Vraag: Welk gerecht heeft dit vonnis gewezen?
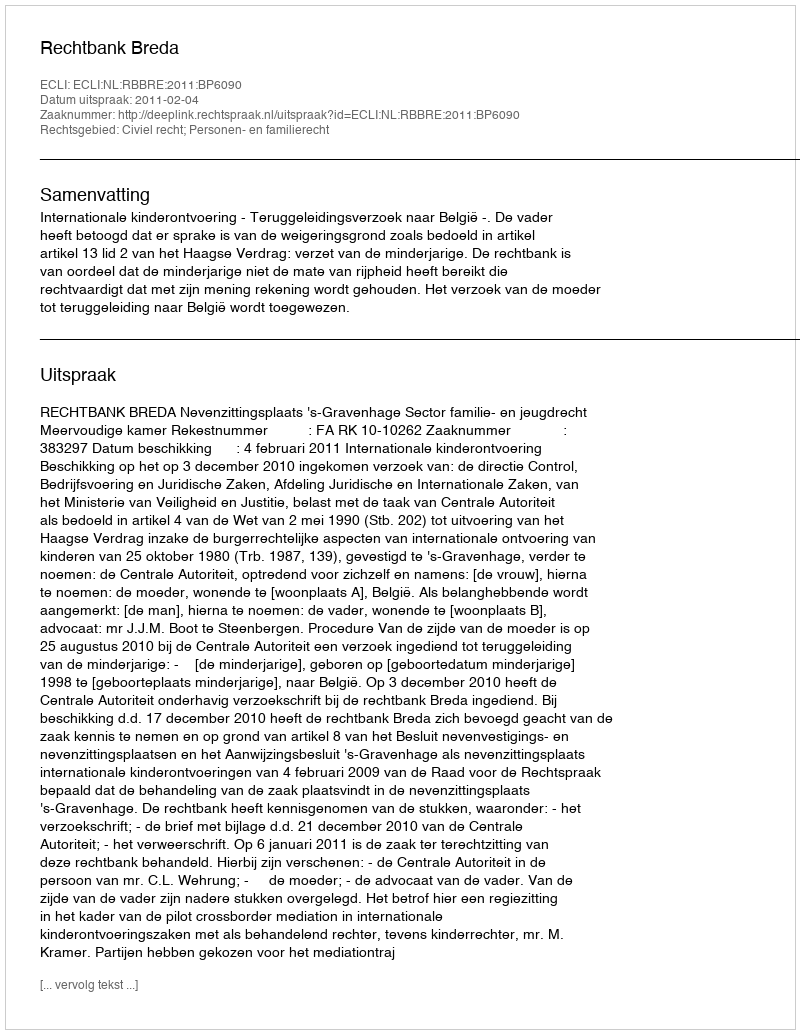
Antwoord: Rechtbank Breda